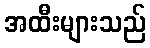
အထီးများသည်